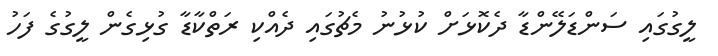
ލީގުގައި ސަންޑަލޭންޑާ ދެކޮޅަށް ކުޅުނު މެޗުގައި ދެއްކި ރަތްކާޑާ ގުޅިގެން ލީގުގެ ފަހު